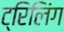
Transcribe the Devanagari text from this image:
ट्रिलिंग